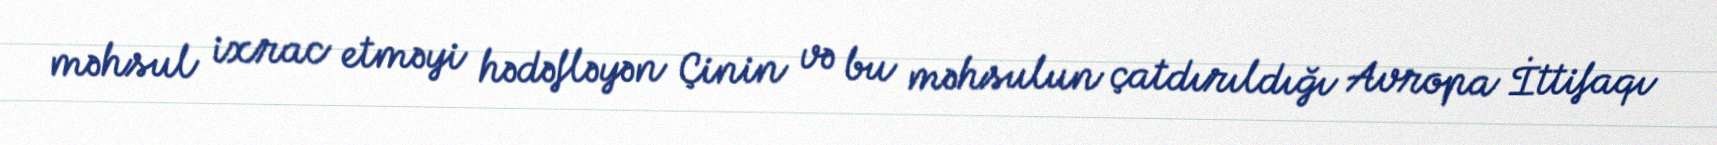
məhsul ixrac etməyi hədəfləyən Çinin və bu məhsulun çatdırıldığı Avropa İttifaqı